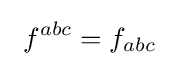
\ f^{abc}=f_{abc}\